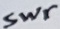
Text: Swr